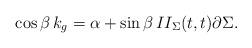
LaTeX: \begin{align*}\cos \beta \, k_g = \alpha + \sin \beta \, II_\Sigma (t, t) \partial \Sigma .\end{align*}